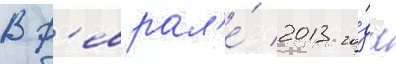
В ф'еврал'е́ 2013 го́да